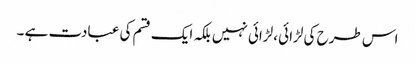
اس طرح کی لڑائی ،لڑائی نہیں بلکہ ایک قسم کی عبادت ہے ۔